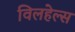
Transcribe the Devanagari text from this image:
विलहेल्स